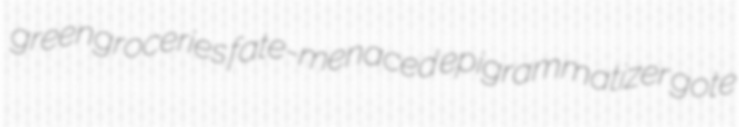
greengroceries fate-menaced epigrammatizer gote